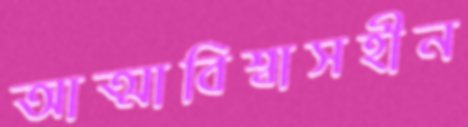
আত্মাবিশ্বাসহীন